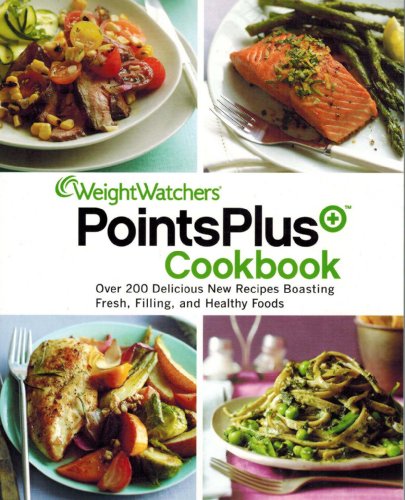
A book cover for Weight Watchers Points Plus Cookbook; Bob Eckstein, Con Poulos Weight Watchers Jackie Mills; Health, Fitness & Dieting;